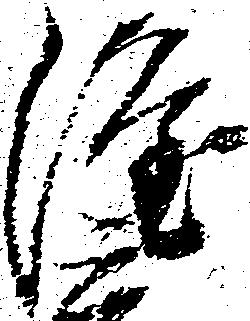
隆